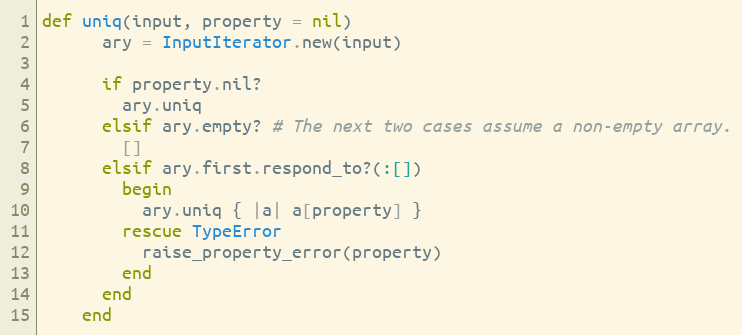
Language: Ruby
def uniq(input, property = nil)
      ary = InputIterator.new(input)

      if property.nil?
        ary.uniq
      elsif ary.empty? # The next two cases assume a non-empty array.
        []
      elsif ary.first.respond_to?(:[])
        begin
          ary.uniq { |a| a[property] }
        rescue TypeError
          raise_property_error(property)
        end
      end
    end